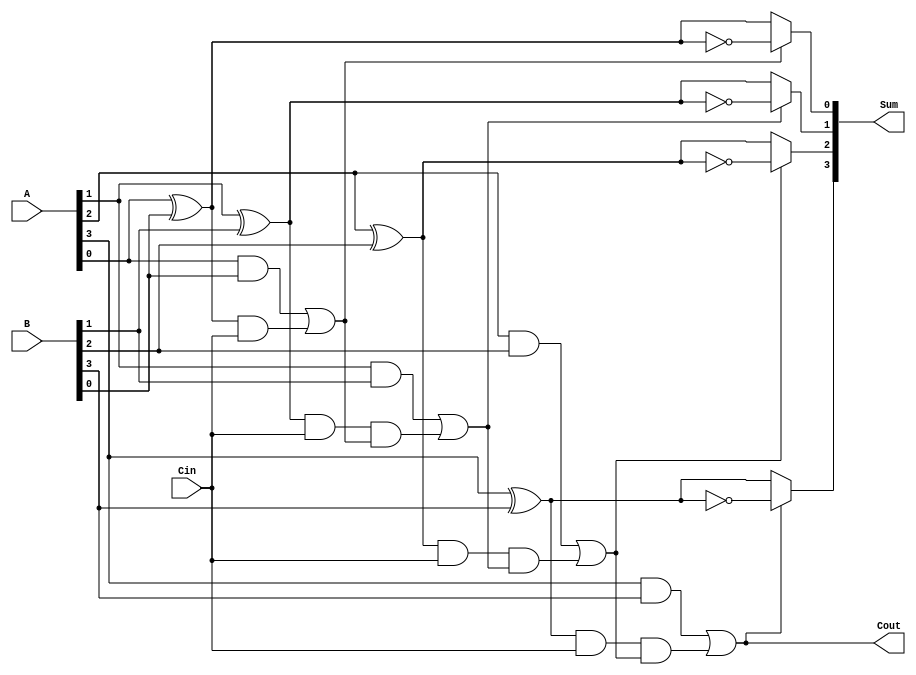
module ConditionalSumAdder #(parameter n = 4) (
    input  [n-1:0] A,      // First n-bit input
    input  [n-1:0] B,      // Second n-bit input
    input          Cin,     // Carry-in
    output [n-1:0] Sum,     // n-bit sum output
    output         Cout      // Carry-out
);

    wire [n-1:0] S0;       // Partial sum assuming carry-in = 0
    wire [n-1:0] S1;       // Partial sum assuming carry-in = 1
    wire [n-1:0] C0;       // Carry generated when both bits are 1
    wire [n-1:0] C1;       // Carry generated from the sum when Cin is 1
    wire [n-1:0] carry;    // Intermediate carry signals

    // Calculate partial sums S0 and S1
    genvar i;
    generate
        for (i = 0; i < n; i = i + 1) begin : sum_generation
            assign S0[i] = A[i] ^ B[i];          // S0[i] = A[i]  B[i]  0
            assign S1[i] = A[i] ^ B[i] ^ 1;      // S1[i] = A[i]  B[i]  1
            assign C0[i] = A[i] & B[i];          // C0[i] = A[i] & B[i]
            assign C1[i] = (A[i] ^ B[i]) & Cin;  // C1[i] = (A[i]  B[i]) & Cin
        end
    endgenerate

    // Calculate carry propagation
    assign carry[0] = C0[0] | C1[0]; // First carry-out
    generate
        for (i = 1; i < n; i = i + 1) begin : carry_propagation
            assign carry[i] = C0[i] | (C1[i] & carry[i-1]);
        end
    endgenerate

    // Final sum selection based on carry signals
    generate
        for (i = 0; i < n; i = i + 1) begin : sum_selection
            assign Sum[i] = (carry[i] ? S1[i] : S0[i]);
        end
    endgenerate

    // Final carry-out
    assign Cout = carry[n-1];

endmodule